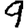
Digit: 9